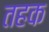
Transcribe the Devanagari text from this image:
तहक